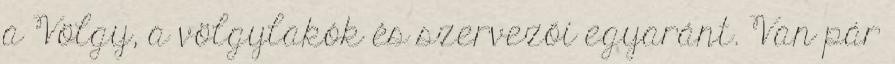
a Völgy, a völgylakók és szervezői egyaránt. Van pár